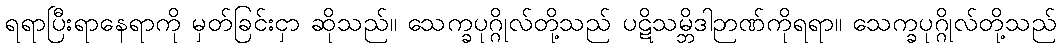
ရရာပြီးရာနေရာကို မှတ်ခြင်းငှာ ဆိုသည်။ သေက္ခပုဂ္ဂိုလ်တို့သည် ပဋိသမ္ဘိဒါဉာဏ်ကိုရရာ။ သေက္ခပုဂ္ဂိုလ်တို့သည်